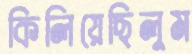
কিলিয়েছিলুম